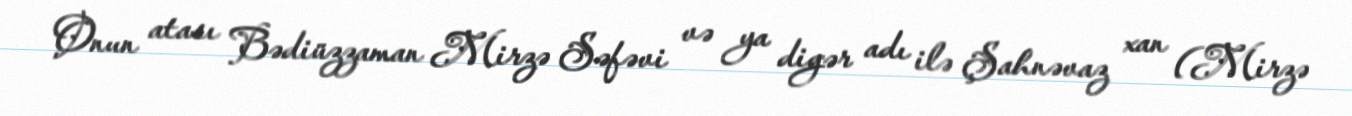
Onun atası Bədiüzzaman Mirzə Səfəvi və ya digər adı ilə Şahnəvaz xan (Mirzə